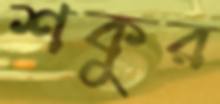
শকুর